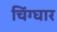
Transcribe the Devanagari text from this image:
चिंग्घार